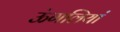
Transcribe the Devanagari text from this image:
ऊंगलियां